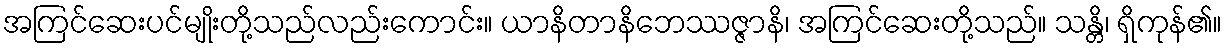
အကြင်ဆေးပင်မျိုးတို့သည်လည်းကောင်း။ ယာနိတာနိဘေဿဇ္ဇာနိ၊ အကြင်ဆေးတို့သည်။ သန္တိ၊ ရှိကုန်၏။